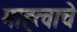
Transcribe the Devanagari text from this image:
माहत्वाचे